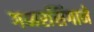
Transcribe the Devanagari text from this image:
गब्बरसिंगाने